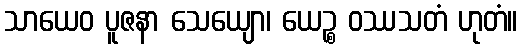
သာယေဝ ပူဇနာ သေယျော၊ ယေဉ္စ ဝဿသတံ ဟုတံ။